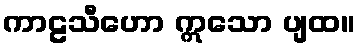
ကာဠသီဟော ဣသော ပျထ။